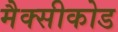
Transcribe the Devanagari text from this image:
मैक्सीकोड